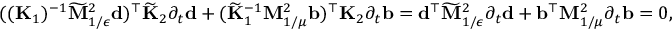
\begin{array} { r } { { ( ( \mathbf { K } _ { 1 } ) ^ { - 1 } \widetilde { \mathbf { M } } _ { 1 / \epsilon } ^ { 2 } \mathbf { d } ) ^ { \top } \widetilde { \mathbf { K } } _ { 2 } \partial _ { t } \mathbf { d } + ( \widetilde { \mathbf { K } } _ { 1 } ^ { - 1 } \mathbf { M } _ { 1 / \mu } ^ { 2 } \mathbf { b } ) ^ { \top } \mathbf { K } _ { 2 } \partial _ { t } \mathbf { b } } = \mathbf { d } ^ { \top } \widetilde { \mathbf { M } } _ { 1 / \epsilon } ^ { 2 } \partial _ { t } \mathbf { d } + \mathbf { b } ^ { \top } \mathbf { M } _ { 1 / \mu } ^ { 2 } \partial _ { t } \mathbf { b } = 0 , } \end{array}